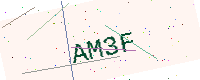
Text: AM3F